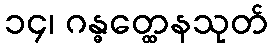
၁၄၊ ဂန္ဓတ္ထေနသုတ်